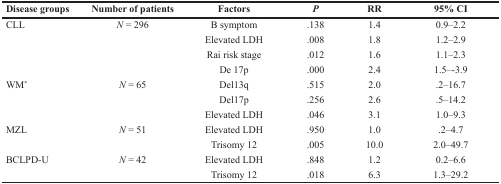
<table><thead><tr><td><b>Disease groups</b></td><td><b>Number of patients</b></td><td><b>Factors</b></td><td><b><i>P</i></b></td><td><b>RR</b></td><td><b>95% CI</b></td></tr></thead><tbody><tr><td rowspan="4">CLL</td><td rowspan="4"><i>N</i> = 296</td><td>B symptom</td><td>.138</td><td>1.4</td><td>0.9–2.2</td></tr><tr><td>Elevated LDH</td><td>.008</td><td>1.8</td><td>1.2–2.9</td></tr><tr><td>Rai risk stage</td><td>.012</td><td>1.6</td><td>1.1–2.3</td></tr><tr><td>De 17p</td><td>.000</td><td>2.4</td><td>1.5–-3.9</td></tr><tr><td rowspan="3">WM<sup>*</sup></td><td rowspan="3"><i>N</i> = 65</td><td>Del13q</td><td>.515</td><td>2.0</td><td>.2–16.7</td></tr><tr><td>Del17p</td><td>.256</td><td>2.6</td><td>.5–14.2</td></tr><tr><td>Elevated LDH</td><td>.046</td><td>3.1</td><td>1.0–9.3</td></tr><tr><td rowspan="2">MZL</td><td rowspan="2"><i>N</i> = 51</td><td>Elevated LDH</td><td>.950</td><td>1.0</td><td>.2–4.7</td></tr><tr><td>Trisomy 12</td><td>.005</td><td>10.0</td><td>2.0–49.7</td></tr><tr><td rowspan="2">BCLPD-U</td><td rowspan="2"><i>N</i> = 42</td><td>Elevated LDH</td><td>.848</td><td>1.2</td><td>0.2–6.6</td></tr><tr><td>Trisomy 12</td><td>.018</td><td>6.3</td><td>1.3–29.2</td></tr></tbody></table>